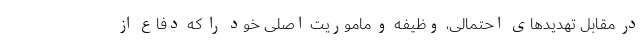
در مقابل تهدید‌های احتمالی، وظیفه و ماموریت اصلی خود را که دفاع از